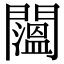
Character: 𨷇